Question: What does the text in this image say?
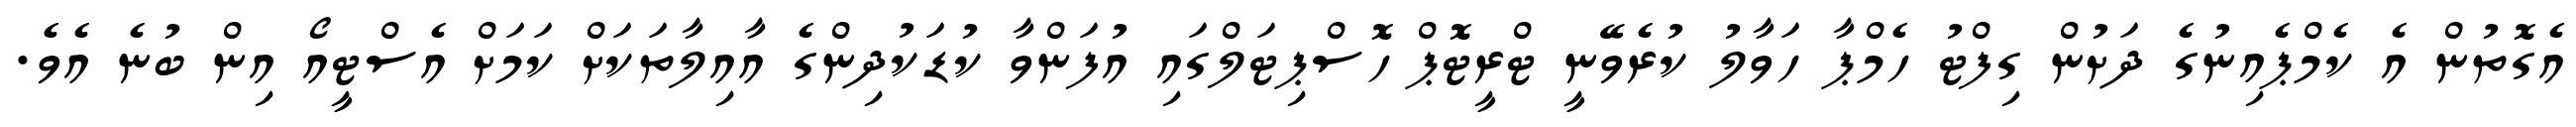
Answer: އެގޮތުން އެ ކެމްޕެއިނުގެ ދަށުން ގިފްޓު ހެމްޕާ ހަވާލު ކުރެވޭނީ ޓްރީޓޮޕް ހޮސްޕިޓަލްގައި އުފަންވާ ކުޑަކުދިންގެ އާއިލާތަކަށް ކަމަށް އެސްޓީއޯ އިން ބުނެ އެވެ.